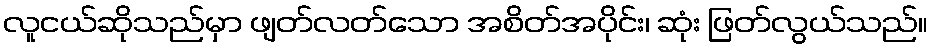
လူငယ်ဆိုသည်မှာ ဖျတ်လတ်သော အစိတ်အပိုင်း၊ ဆုံး ဖြတ်လွယ်သည်။